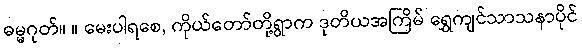
ဓမ္မဂုတ်။ ။ မေးပါရစေ, ကိုယ်တော်တို့ရွာက ဒုတိယအကြိမ် ရွှေကျင်သာသနာပိုင်